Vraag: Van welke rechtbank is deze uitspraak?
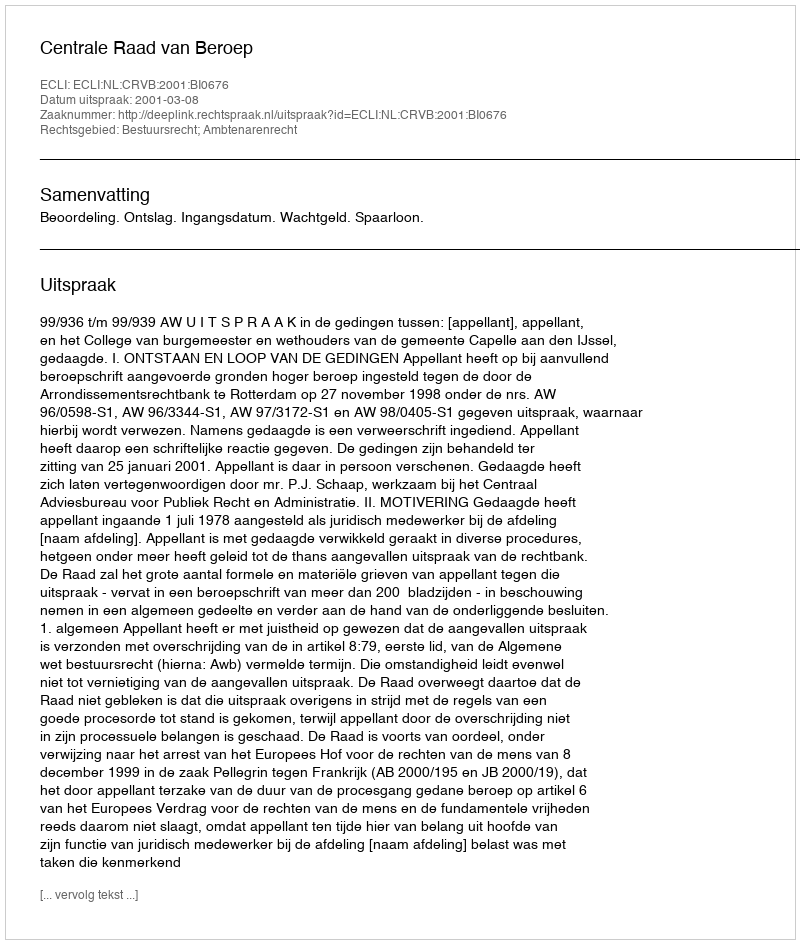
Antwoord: Centrale Raad van Beroep